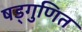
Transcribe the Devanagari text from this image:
षड्गुणित